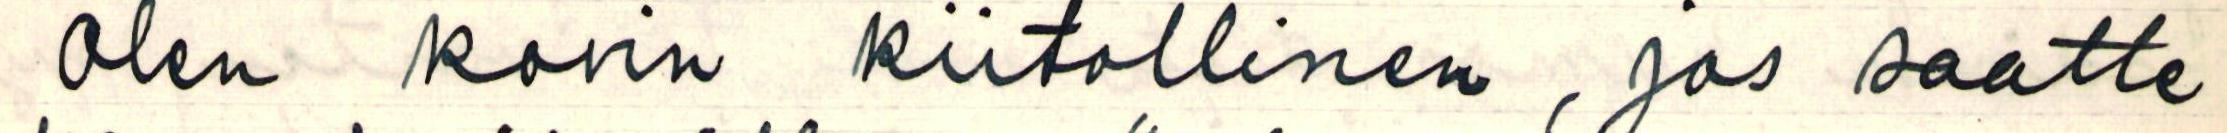
Olen kovin kiitollinen, jos saatte